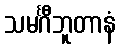
သမင်္ဂီဘူတာနံ